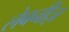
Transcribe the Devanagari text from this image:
लेबनीज़